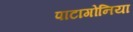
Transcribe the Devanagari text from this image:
पाटागोनिया